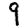
Digit: 9